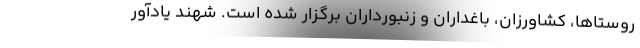
روستاها، کشاورزان، باغداران و زنبورداران برگزار شده است. شهند یادآور